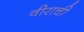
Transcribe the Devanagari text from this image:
वीराची